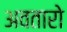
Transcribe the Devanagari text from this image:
अवतारो